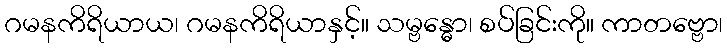
ဂမနကိရိယာယ၊ ဂမနကိရိယာနှင့်။ သမ္ဗန္ဓော၊ စပ်ခြင်းကို။ ကာတဗ္ဗော၊